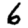
Digit: 6